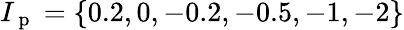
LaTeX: I_{\mathrm{~p~}}=\{ 0.2,0,-0.2,-0.5,-1,-2\}